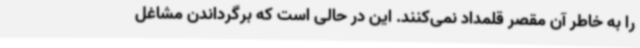
را به خاطر آن مقصر قلمداد نمی‌کنند. این در حالی است که برگرداندن مشاغل